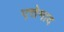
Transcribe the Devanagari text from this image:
एत्तेमाद